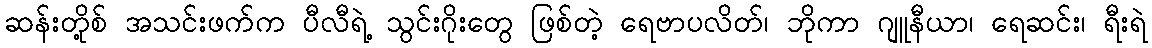
ဆန်းတို့စ် အသင်းဖက်က ပီလီရဲ့ သွင်းဂိုးတွေ ဖြစ်တဲ့ ရေဗာပလိတ်၊ ဘိုကာ ဂျူနီယာ၊ ရေဆင်း၊ ရီးရဲ